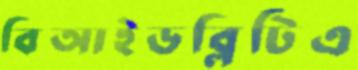
বিআইডব্লিটিএ